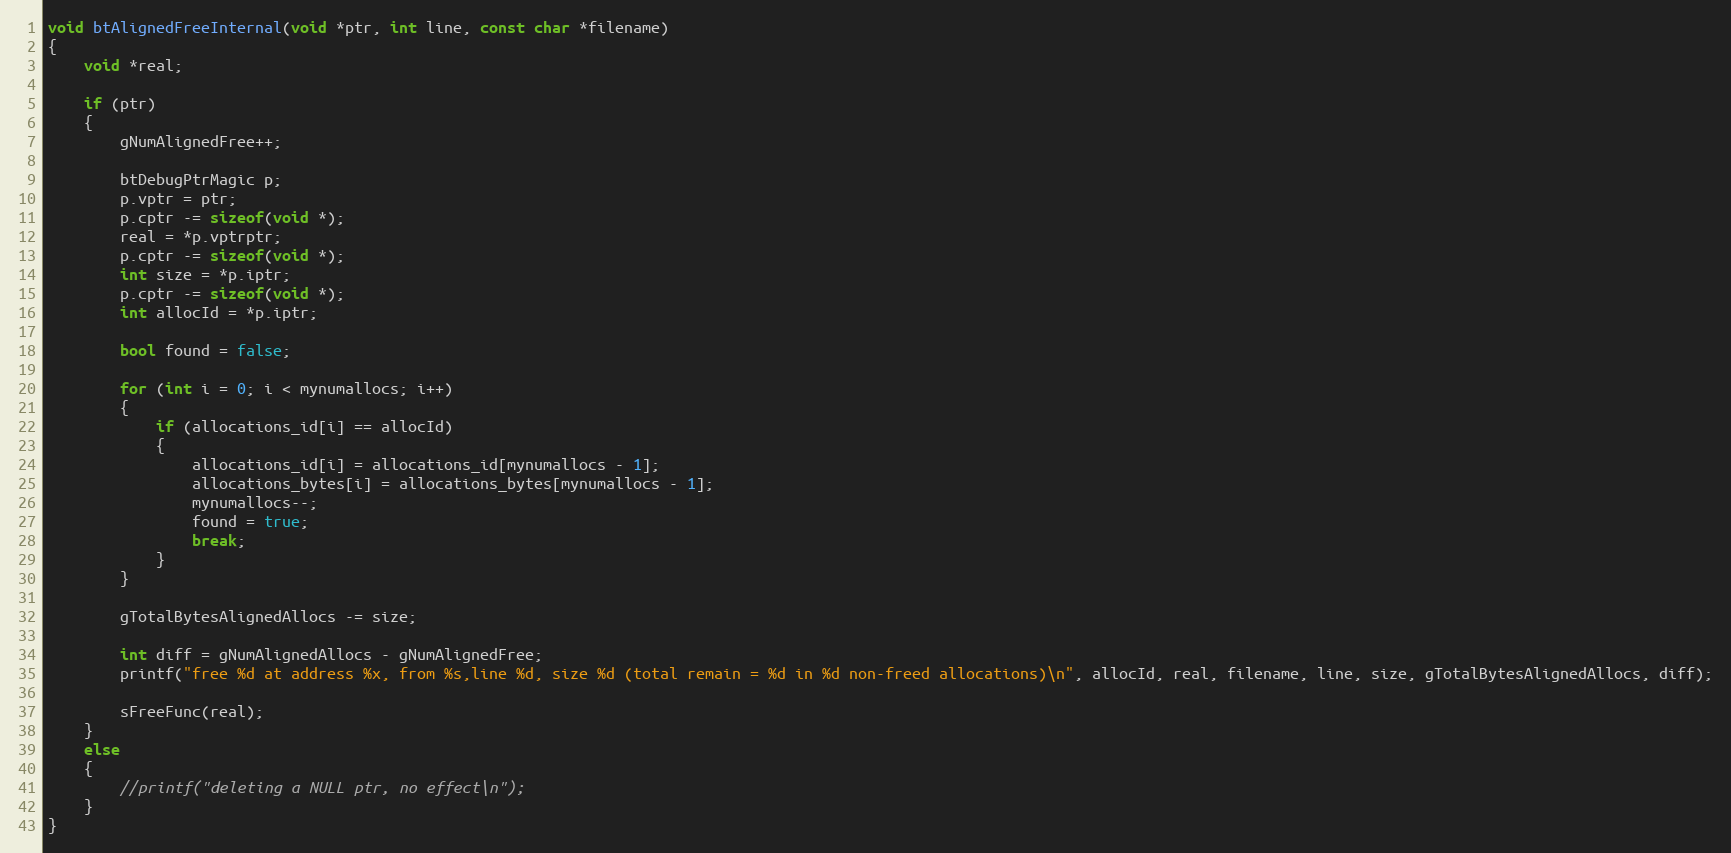
Language: C++
void btAlignedFreeInternal(void *ptr, int line, const char *filename)
{
	void *real;

	if (ptr)
	{
		gNumAlignedFree++;

		btDebugPtrMagic p;
		p.vptr = ptr;
		p.cptr -= sizeof(void *);
		real = *p.vptrptr;
		p.cptr -= sizeof(void *);
		int size = *p.iptr;
		p.cptr -= sizeof(void *);
		int allocId = *p.iptr;

		bool found = false;

		for (int i = 0; i < mynumallocs; i++)
		{
			if (allocations_id[i] == allocId)
			{
				allocations_id[i] = allocations_id[mynumallocs - 1];
				allocations_bytes[i] = allocations_bytes[mynumallocs - 1];
				mynumallocs--;
				found = true;
				break;
			}
		}

		gTotalBytesAlignedAllocs -= size;

		int diff = gNumAlignedAllocs - gNumAlignedFree;
		printf("free %d at address %x, from %s,line %d, size %d (total remain = %d in %d non-freed allocations)\n", allocId, real, filename, line, size, gTotalBytesAlignedAllocs, diff);

		sFreeFunc(real);
	}
	else
	{
		//printf("deleting a NULL ptr, no effect\n");
	}
}